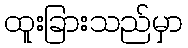
ထူးခြားသည်မှာ